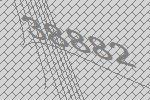
38882